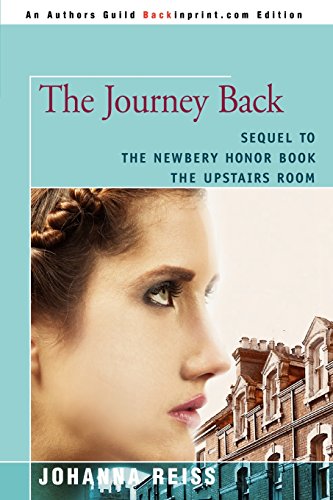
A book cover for The Journey Back: Sequel to the Newbery Honor Book The Upstairs Room; Johanna Reiss; Teen & Young Adult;